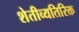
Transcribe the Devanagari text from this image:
शेतीव्यतिरिक्त